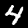
Digit: 4